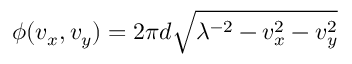
\phi ( v _ { x } , v _ { y } ) = 2 \pi d \sqrt { \lambda ^ { - 2 } - v _ { x } ^ { 2 } - v _ { y } ^ { 2 } }